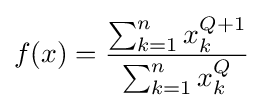
f(x)={\frac {\sum _{k=1}^{n}x_{k}^{Q+1}}{\sum _{k=1}^{n}x_{k}^{Q}}}